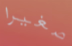
صغيرا